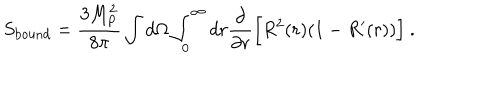
S _ { \mathrm { b o u n d } } = { \frac { 3 M _ { \mathrm { P } } ^ { 2 } } { 8 \pi } } \int d \Omega \int _ { 0 } ^ { \infty } d r { \frac { \partial } { \partial r } } \Bigl [ R ^ { 2 } ( r ) ( 1 - R ^ { \prime } ( r ) ) \Bigr ] \ .